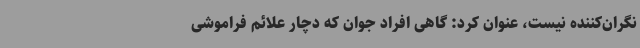
نگران‌کننده نیست، عنوان کرد: گاهی افراد جوان که دچار علائم فراموشی